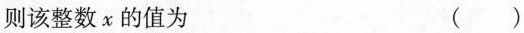
则该整数x的值为 ( )